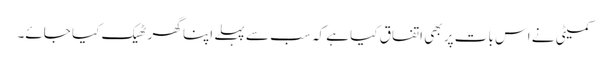
کمیٹی نے اس بات پر بھی اتفاق کیا ہے کہ سب سے پہلے اپنا گھر ٹھیک کیا جائے۔